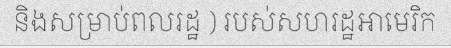
និងសម្រាប់ពលរដ្ឋ ) របស់សហរដ្ឋអាមេរិក